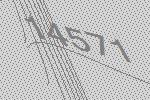
14571